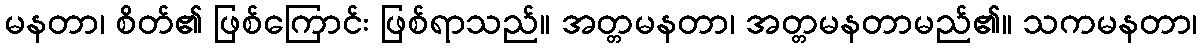
မနတာ၊ စိတ်၏ ဖြစ်ကြောင်း ဖြစ်ရာသည်။ အတ္တမနတာ၊ အတ္တမနတာမည်၏။ သကမနတာ၊